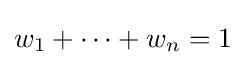
w_{1}+\dots +w_{n}=1